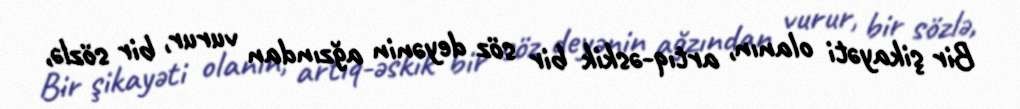
Bir şikayəti olanın, artıq-əskik bir söz deyənin ağzından vurur, bir sözlə,